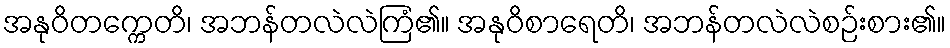
အနုဝိတက္ကေတိ၊ အဘန်တလဲလဲကြံ၏။ အနုဝိစာရေတိ၊ အဘန်တလဲလဲစဉ်းစား၏။